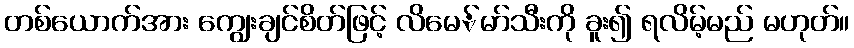
တစ်ယောက်အား ကျွေးချင်စိတ်ဖြင့် လိမေ်မာ်သီးကို ခူး၍ ရလိမ့်မည် မဟုတ်။